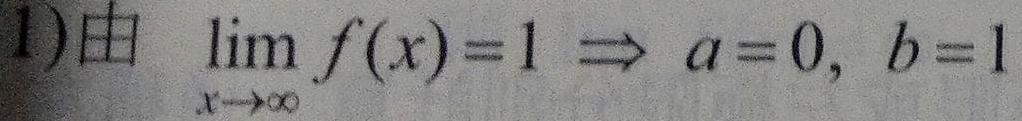
1) 由 $\lim_{x \to \infty} f(x)=1 \Rightarrow a = 0, b = 1$